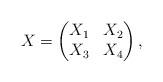
LaTeX: \begin{align*} X = \begin{pmatrix} X_1 & X_2\\ X_3 & X_4 \end{pmatrix},\end{align*}